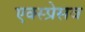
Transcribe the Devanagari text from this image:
एक्स्प्रेसव